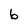
Character: 6